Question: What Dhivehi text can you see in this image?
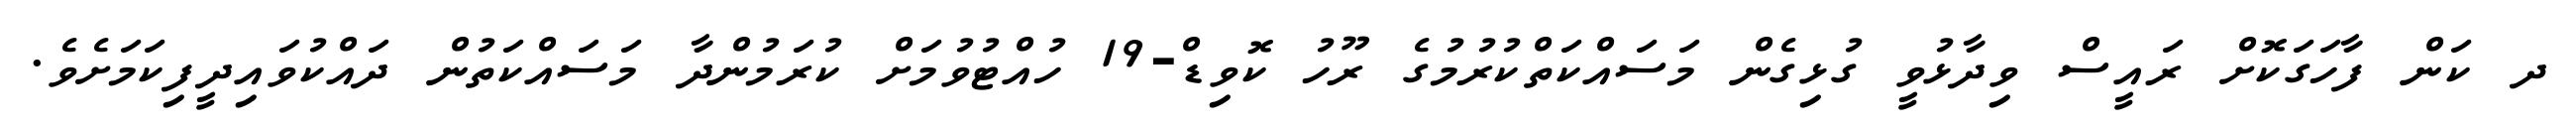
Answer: ދ ކަން ފާހަގަކޮށް ރައީސް ވިދާޅުވީ ގުޅިގެން މަސައްކަތްކުރުމުގެ ރޫހު ކޮވިޑް-19 ހުއްޓުވުމަށް ކުރަމުންދާ މަސައްކަތުން ދައްކުވައިދީފިކަމަށެވެ.